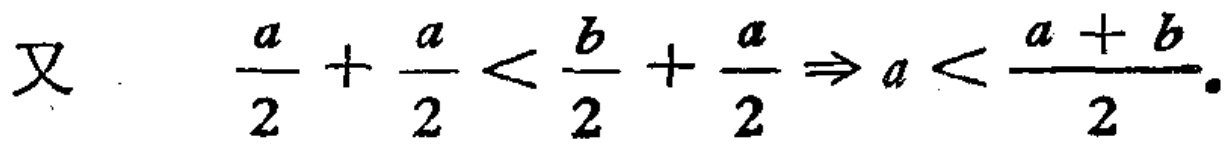
又 \(\frac{a}{2}+\frac{a}{2}<\frac{b}{2}+\frac{a}{2}\Rightarrow a<\frac{a + b}{2}\)。